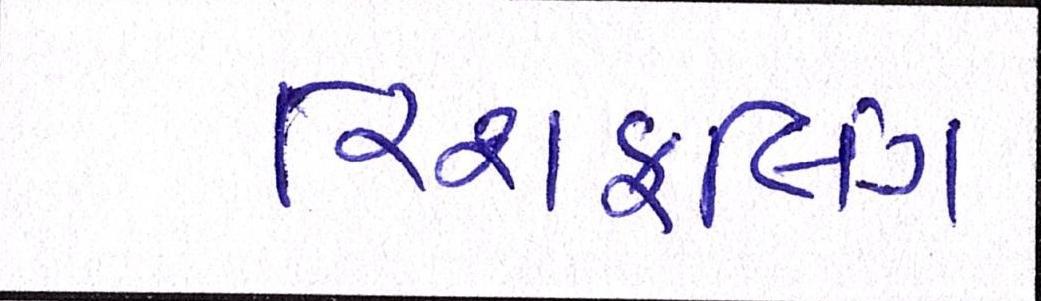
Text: રિશફલિંગ